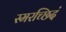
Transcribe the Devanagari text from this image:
स्मरच्छिदं